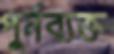
পুর্নব্যক্ত